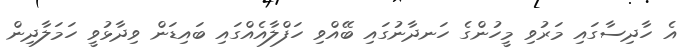
އެ ހާދިސާގައި މަރުވި މީހުންގެ ހަނދާނުގައި ބޭއްވި ހަފްލާއެއްގައި ބައިޑަން ވިދާޅުވީ ހަމަލާދިން